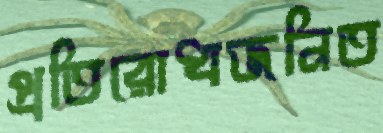
প্রতিরোধজনিত